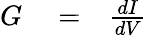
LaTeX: \begin{array}{rlr}{G}&{{}=}&{{\frac{dI}{dV}}}\end{array}